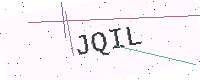
Text: JQIL